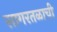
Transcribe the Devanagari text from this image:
सागरतळाची